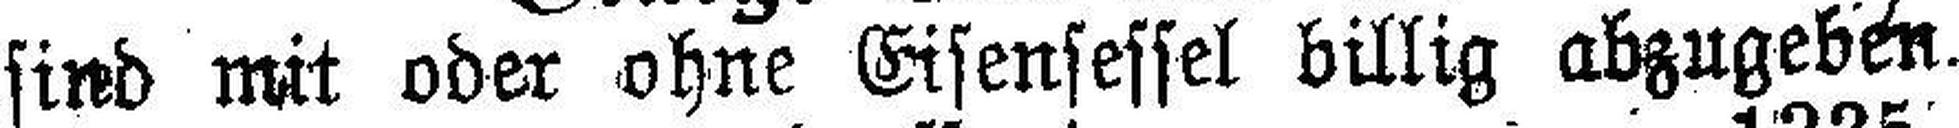
sind mit oder ohne Eisensessel billig abzugeben.